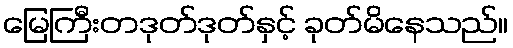
မြေကြီးတဒုတ်ဒုတ်နှင့် ခုတ်မိနေသည်။